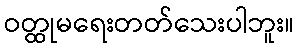
ဝတ္ထုမရေးတတ်သေးပါဘူး။